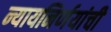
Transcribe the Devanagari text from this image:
न्यायनिर्णयांची